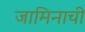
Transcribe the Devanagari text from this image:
जामिनाची